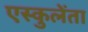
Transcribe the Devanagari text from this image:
एस्कुलेंता